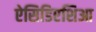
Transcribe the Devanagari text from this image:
ऐसिडिएशिआ